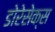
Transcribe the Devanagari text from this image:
डोरेसेक्स